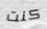
كنت